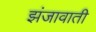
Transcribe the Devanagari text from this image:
झंजावाती